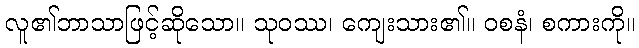
လူ၏ဘာသာဖြင့်ဆိုသော။ သုဝဿ၊ ကျေးသား၏။ ဝစနံ၊ စကားကို။